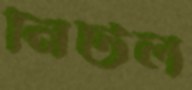
নিটল